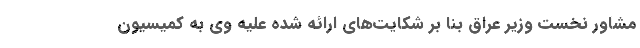
مشاور نخست وزیر عراق بنا بر شکایت‌های ارائه شده علیه وی به کمیسیون